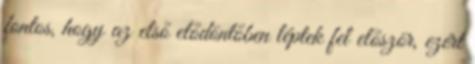
fontos, hogy az első elődöntőben léptek fel először, ezért